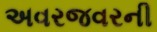
અવરજવરની